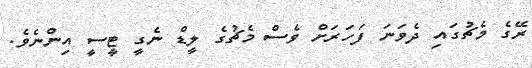
ރޭގެ މެޗުގައި ދެވަނަ ފަހަރަށް ވެސް މެޗުގެ ލީޑް ނެގީ ޓީސީ އިންނެވެ.